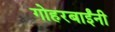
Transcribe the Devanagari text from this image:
गोहरबाईंनी